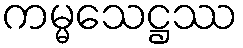
ကမ္မသေဋ္ဌဿ